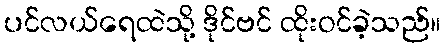
ပင်လယ်ရေထဲသို့ ဒိုင်ဗင် ထိုးဝင်ခဲ့သည်။